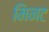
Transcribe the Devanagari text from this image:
मिनट